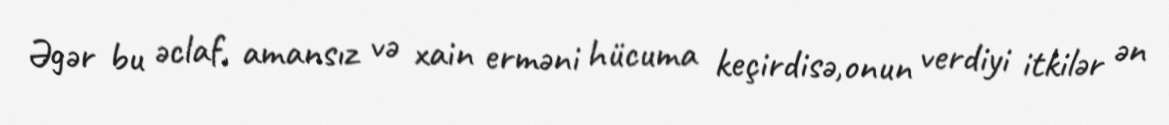
Əgər bu əclaf, amansız və xain erməni hücuma keçirdisə,onun verdiyi itkilər ən